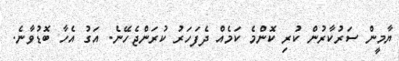
ޔާމީން ސަރުކާރުން ކުރި ކޮންމެ ކަމެއް ދެފަހަރު ކުރަންޖެހޭނެ. އަގު އެހާ ބޮޑުވާނެ.